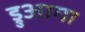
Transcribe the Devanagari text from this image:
ड्रुआगा